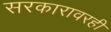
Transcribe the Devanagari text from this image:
सरकारावरही